Account of plague administration in the Bombay Presidency from September 1896 till May 1897
Year: 1896
Disease focus: Plague
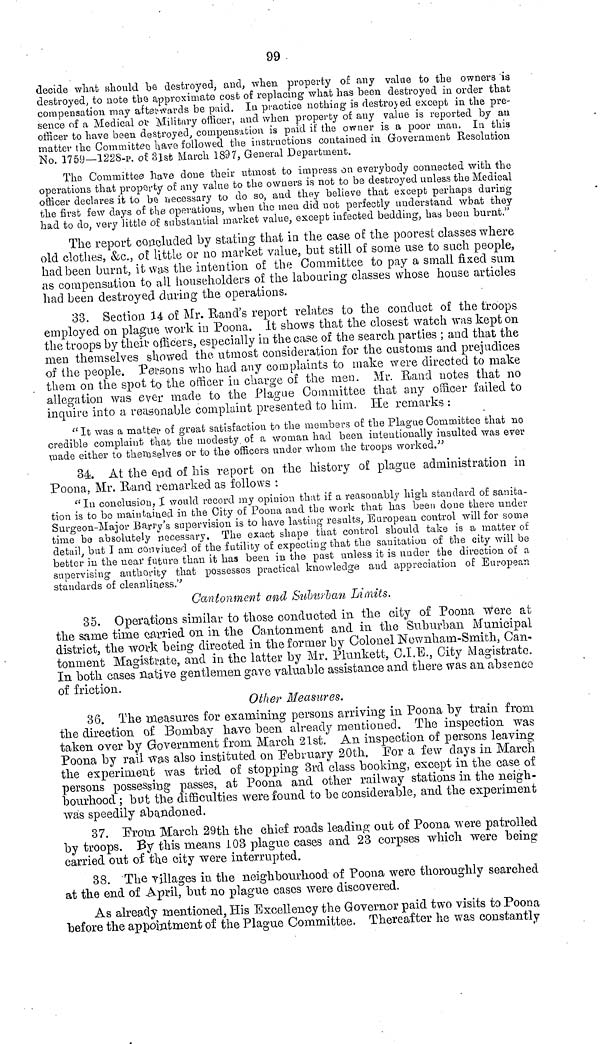
99
decide what should be destroyed, and, when property of any value to the owners is
destroyed, to note the approximate cost of replacing what has been destroyed in order that
compensation may afterwards be paid. In practice nothing is destroyed except in the pre-
sence of a Medical or Military officer, and when property of any value is reported by an
officer to have been destroyed, compensation is paid if the owner is a poor man. In this
matter the Committee have followed the instructions contained in Government Resolution
No. 1759—1228-P. of 31st March 1897, General Department.
The Committee have done their utmost to impress on everybody connected with the
operations that property of any value to the owners is not to be destroyed unless the Medical
officer declares it to be necessary to do so, and they believe that except perhaps during
the first few days of the operations, when the men did not perfectly understand what they
had to do, very little of substantial market value, except infected bedding, has been burnt."
The report concluded by stating that in the case of the poorest classes where
old clothes, &c., oí little or no market value, but still of some use to such people,
had been burnt, it was the intention of the Committee to pay a small fixed sum
as compensation to all householders of the labouring classes whose house articles
had been destroyed during the operations.
33. Section 14 of Mr. Rand's report relates to the conduct of the troops
employed on plague work in Poona. It shows that the closest watch was kept on
the troops by their officers, especially in the case of the search parties ; and that the
men themselves showed the utmost consideration for the customs and prejudices
of the people. Persons who had any complaints to make were directed to make
them on the spot to the officer in charge of the men. Mr. Hand notes that no
allegation was ever made to the Plague Committee that any officer failed to
inquire into a reasonable complaint presented to him. He remarks :
"It was a matter of great satisfaction to the members of the Plague Committee that no
credible complaint that the modesty of a woman had been intentionally insulted was ever
made either to themselves or to the officers under whom the troops worked."
34. At the end of his report on the history of plague administration in
Poona, Mr. Rand remarked as follows :
"In conclusion, I would record my opinion that if a reasonably high standard of sanita-
tion is to be maintained in the City of Poona and the work that has been done there under
Surgeon-Major Barry's supervision is to have lasting results, European control will for some
time be absolutely necessary. The exact shape that control should take is a matter of
detail, but I am convinced of the futility of expecting that the sanitation of the city will be
better in the near future than it has been in the past unless it is under the direction of a
supervising authority that possesses practical knowledge and appreciation of European
standards of cleanliness.''
Cantonment and Suburban Limits.
35. Operations similar to those conducted in the city of Poona were at
the same time carried on in the Cantonment and in the Suburban, Municipal
district, the work being directed in the former by Colonel Newnham-Smith, Can-
tonment Magistrate, and in the latter by Mr. Plunkett, C.I.E., City Magistrate.
In both cases native gentlemen gave valuable assistance and there was an absence
of friction.
Other Measures.
36. The measures for examining persons arriving in Poona by train from
the direction of Bombay have been already mentioned. The inspection was
taken over by Government from March 21st. An inspection of persons leaving
Poona by rail was also instituted on February 20th. For a few days in March
the experiment was tried of stopping 3rd class booking, except in the case of
persons possessing passes, at Poona and other railway stations in the neigh-
bourhood ; but the difficulties were found to be considerable, and the experiment
was speedily abandoned.
37. From March 29th the chief roads leading out of Poona were patrolled
by troops. By this means 103 plague cases and 23 corpses which were being
carried out of the city were interrupted.
38. The villages in the neighbourhood of Poona were thoroughly searched
at the end of April, but no plague cases were discovered.
As already mentioned, His Excellency the Governor paid two visits to Poona
before the appointment of the Plague Committee. Thereafter he was constantly